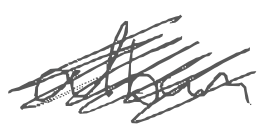
Text: album
Cross-out: mix
Writing tool: ballpoint